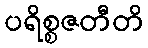
ပရိစ္စဇတီတိ